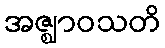
အဇ္ဈာဝသတိ